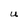
Character: U